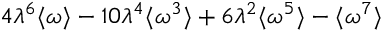
4 \lambda ^ { 6 } \langle \omega \rangle - 1 0 \lambda ^ { 4 } \langle \omega ^ { 3 } \rangle + 6 \lambda ^ { 2 } \langle \omega ^ { 5 } \rangle - \langle \omega ^ { 7 } \rangle